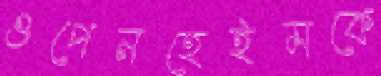
ওপেনহেইমকে